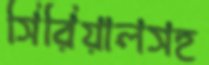
সিরিয়ালসহ